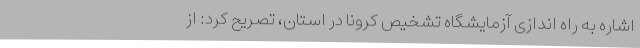
اشاره به راه اندازی آزمایشگاه تشخیص کرونا در استان، تصریح کرد: از